Leaving Certificate Examination, 1925
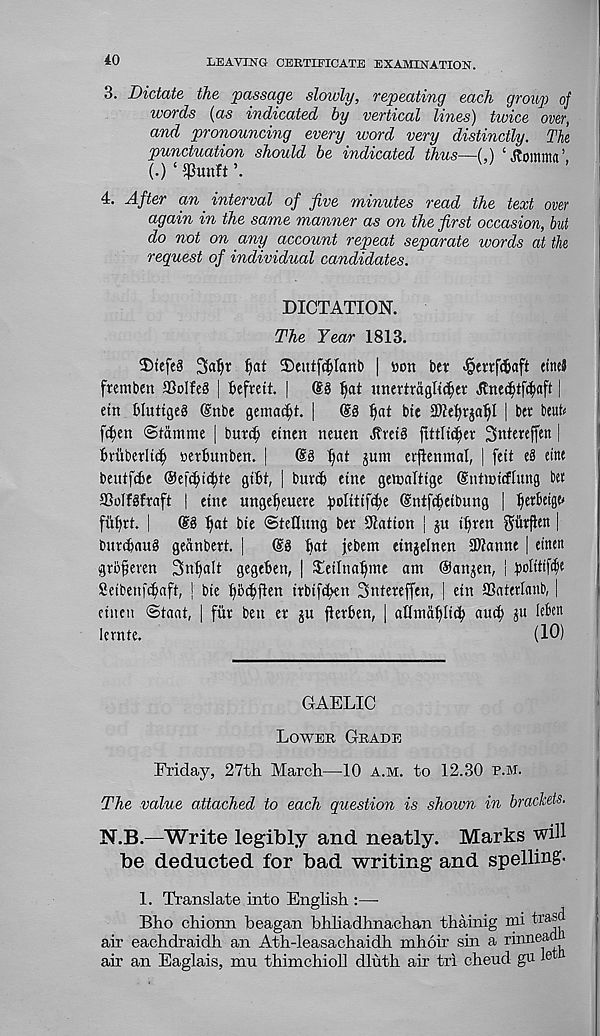
40
LEAVING CERTIFICATE EXAMINATION.
3. Dictate the passage slowly, repeating each group of
words (as indicated by vertical lines) twice over,
and pronouncing every word very distinctly. The
punctuation should be indicated thus—(,) ‘Jtomnta’
(.) ‘ $unft
4. After an interval of five minutes read the text over
again in the same manner as on the first occasion, but
do not on any account repeat separate words at the
request of individual candidates.
DICTATION.
The Year 1813.
3)tefe§ 3atjr l)at 35eutf$Iant> | »on bet <§errf(Saft etneJ
fremben 23oIfe8 | fcefmt. | @8 Ijat imertragli^er Jtnedjtfcfxtft |
etn bluttgeg (Snbe gema^t. |
@8
bte SWe^rja^I | b« beufe
fc^en ©tammc | but(^ etnen neuen ^vet8 ftttlt(|cv Sntereffcn |
fcvuberltdj serbunben. |
@8 ^at jum crjlenmal, | feit e8 eitte
beutfibe ®cf(^i^te gtbt, | buvcb tine gcioalttgc (SntiDtcfhmg bet
SBoffSfraft | eittt unge^euere |>oIittfcbe Cntfibctbung | lierbctge*
fiibrt. I
@3 Ijiat btc ©tcnmtg ber Station | gw t^ren giitflen |
burtbauS gcanbert. |
®8 bat jebem ttnjelnen 3J?amte | einctt
grofercn 3nbalt gegeben, | Tetlnabmt am ©attgen, i
Setbenfcbaft, j bte bbcbflw ttbtf^en Sntereffen, | etn aSateriatib, |
etnen Staat, | fitr ben et ju fierben, | aUtndblttb aucb S u
lernte.
(10)
GAELIC
Lower Grade
Friday, 27th March—10 a.m. to 12.30 R.M.
The value attached to each question is shown in brackets.
N.B.—Write legibly and neatly. Marks will
be deducted for bad writing and spelling.
1. Translate into English :—-
Bho chionn heagan bhliadhnachan thainig mi i ,ra ®^
air eachdraidh an Ath-leasachaidh mhoir sin a rinneadn
air an Eaglais, mu thimchioll dluth ah’ tri cheud gu 1®